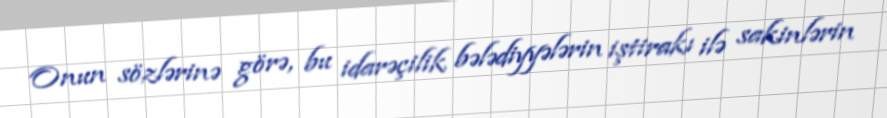
Onun sözlərinə görə, bu idarəçilik bələdiyyələrin iştirakı ilə sakinlərin